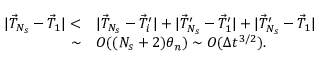
\begin{array} { r l } { | \vec { T } _ { N _ { s } } - \vec { T } _ { 1 } | < } & { { } | \vec { T } _ { N _ { s } } - \vec { T } _ { i } ^ { \prime } | + | \vec { T } _ { N _ { s } } ^ { \prime } - \vec { T } _ { 1 } ^ { \prime } | + | \vec { T } _ { N _ { s } } ^ { \prime } - \vec { T } _ { 1 } | } \\ { \sim } & { { } O ( ( N _ { s } + 2 ) \theta _ { n } ) \sim O ( \Delta t ^ { 3 / 2 } ) . } \end{array}